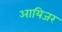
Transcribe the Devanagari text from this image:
आयिजर